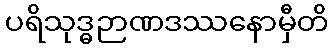
ပရိသုဒ္ဓဉာဏဒဿနောမှီတိ